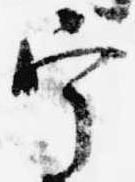
宰